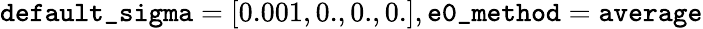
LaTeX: \mathtt{default\_ sigma}=[0.001,0.,0.,0.],\mathtt{e0\_ method}=\mathtt{average}